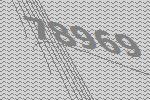
78969